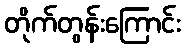
တိုက်တွန်းကြောင်း